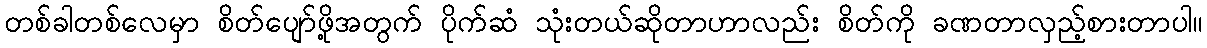
တစ်ခါတစ်လေမှာ စိတ်ပျော်ဖို့အတွက် ပိုက်ဆံ သုံးတယ်ဆိုတာဟာလည်း စိတ်ကို ခဏတာလှည့်စားတာပါ။